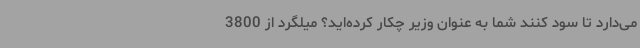
می‌دارد تا سود کنند شما به عنوان وزیر چکار کرده‌اید؟ میلگرد از 3800